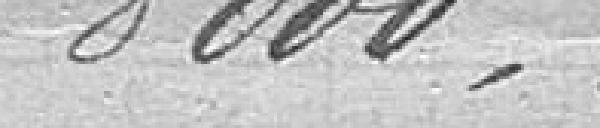
8000,00